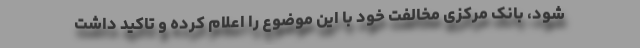
شود، بانک مرکزی مخالفت خود با این موضوع را اعلام کرده و تاکید داشت